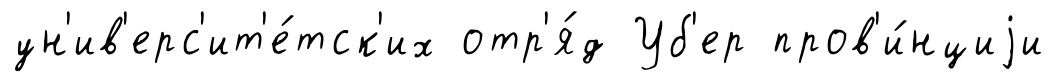
ун'ив'ерс'ит'е́тск'их отр'я́д Уб'ер пров'и́нциjи